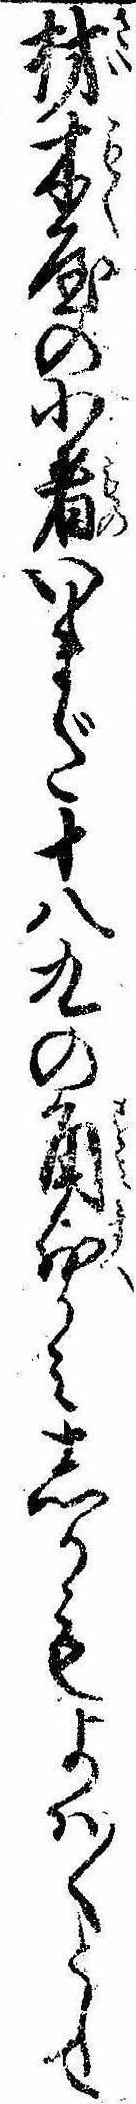
材木屋の小者いまだ十八九の角前かみしかもよは〱として